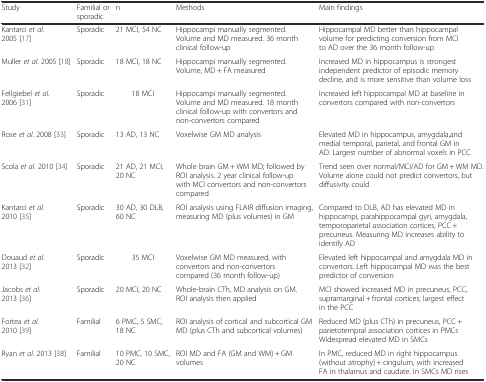
<table><thead><tr><td><b>Study</b></td><td><b>Familial or sporadic</b></td><td><b>n</b></td><td><b>Methods</b></td><td><b>Main findings</b></td></tr></thead><tbody><tr><td>Kantarci <i>et al</i>. 2005 [17]</td><td>Sporadic</td><td>21 MCI, 54 NC</td><td>Hippocampi manually segmented. Volume and MD measured. 36 month clinical follow-up</td><td>Hippocampal MD better than hippocampal volume for predicting conversion from MCI to AD over the 36 month follow-up</td></tr><tr><td>Muller <i>et al</i>. 2005 [18]</td><td>Sporadic</td><td>18 MCI, 18 NC</td><td>Hippocampi manually segmented. Volume, MD + FA measured</td><td>Increased MD in hippocampus is strongest independent predictor of episodic memory decline, and is more sensitive than volume loss</td></tr><tr><td>Fellgiebel <i>et al</i>. 2006 [31]</td><td>Sporadic</td><td>18 MCI</td><td>Hippocampi manually segmented. Volume and MD measured. 18 month clinical follow-up with convertors and non-convertors compared</td><td>Increased left hippocampal MD at baseline in convertors compared with non-convertors</td></tr><tr><td>Rose <i>et al</i>. 2008 [33]</td><td>Sporadic</td><td>13 AD, 13 NC</td><td>Voxelwise GM MD analysis</td><td>Elevated MD in hippocampus, amygdala,and medial temporal, parietal, and frontal GM in AD. Largest number of abnormal voxels in PCC</td></tr><tr><td>Scola <i>et al</i>. 2010 [34]</td><td>Sporadic</td><td>21 AD, 21 MCI, 20 NC</td><td>Whole brain GM + WM MD; followed by ROI analysis. 2 year clinical follow-up with MCI convertors and non-convertors compared</td><td>Trend seen over normal/MCI/AD for GM + WM MD. Volume alone could not predict convertors, but diffusivity could</td></tr><tr><td>Kantarci <i>et al</i>. 2010 [35]</td><td>Sporadic</td><td>30 AD, 30 DLB, 60 NC</td><td>ROI analysis using FLAIR diffusion imaging, measuring MD (plus volumes) in GM</td><td>Compared to DLB, AD has elevated MD in hippocampi, parahippocampal gyri, amygdala, temporoparietal association cortices, PCC + precuneus. Measuring MD increases ability to identify AD</td></tr><tr><td>Douaud <i>et al</i>. 2013 [32]</td><td>Sporadic</td><td>35 MCI</td><td>Voxelwise GM MD measured, with convertors and non-convertors compared (36 month follow-up)</td><td>Elevated left hippocampal and amygdala MD in convertors. Left hippocampal MD was the best predictor of conversion</td></tr><tr><td>Jacobs <i>et al</i>. 2013 [36]</td><td>Sporadic</td><td>20 MCI, 20 NC</td><td>Whole-brain CTh, MD analysis on GM. ROI analysis then applied</td><td>MCI showed increased MD in precuneus, PCC, supramarginal + frontal cortices; largest effect in the PCC</td></tr><tr><td>Fortea <i>et al</i>. 2010 [39]</td><td>Familial</td><td>6 PMC, 5 SMC, 18 NC</td><td>ROI analysis of cortical and subcortical GM MD (plus CTh and subcortical volumes)</td><td>Reduced MD (plus CTh) in precuneus, PCC + parietotempral association cortices in PMCs Widespread elevated MD in SMCs</td></tr><tr><td>Ryan <i>et al</i>. 2013 [38]</td><td>Familial</td><td>10 PMC, 10 SMC, 20 NC</td><td>ROI MD and FA (GM and WM) + GM volumes</td><td>In PMC, reduced MD in right hippocampus (without atrophy) + cingulum, with increased FA in thalamus and caudate. In SMCs MD rises</td></tr></tbody></table>